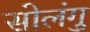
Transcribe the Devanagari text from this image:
सोलंगु